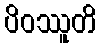
ပိဝဿူတိ